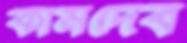
কামদেব